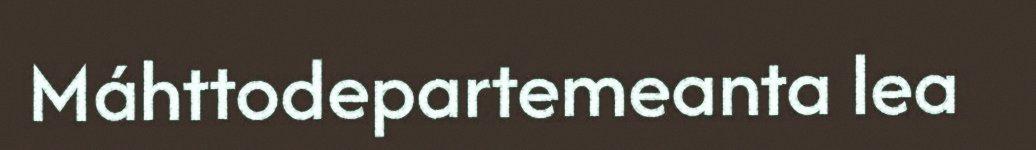
Máhttodepartemeanta lea